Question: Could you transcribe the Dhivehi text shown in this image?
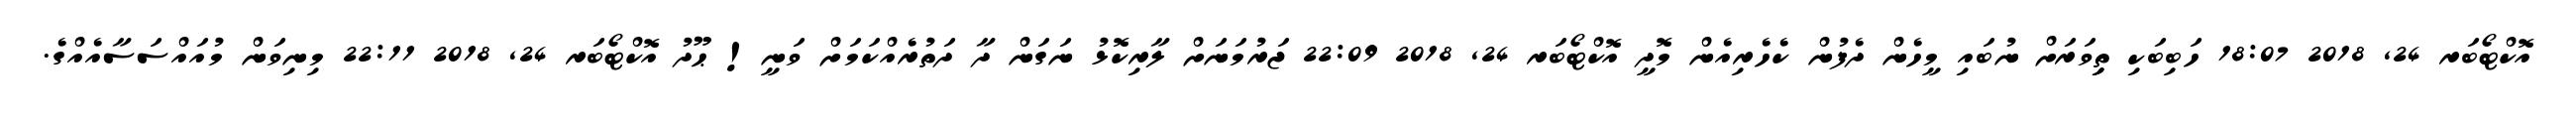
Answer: އޮކްޓޯބަރ 24, 2018 18:07 ހަބިބަކި ތިިވަރަށް ނުބައި މީހެން ދެފުން ކެހެރިއެން މޮދީ އޮކްޓޯބަރ 24, 2018 22:09 ޖަރުމަނަށް ލާރިކޮޅު ނަގަން ދާ ދަތުރެއްކަމަށް ވަނީ! ޙޫދު އޮކްޓޯބަރ 24, 2018 22:11 މިނިވަން މުއައްސަސާއެއްގެ.